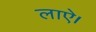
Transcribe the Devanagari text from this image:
लाऐ।